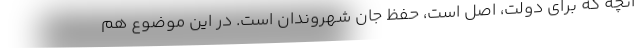
آنچه که برای دولت، اصل است، حفظ جان شهروندان است. در این موضوع هم